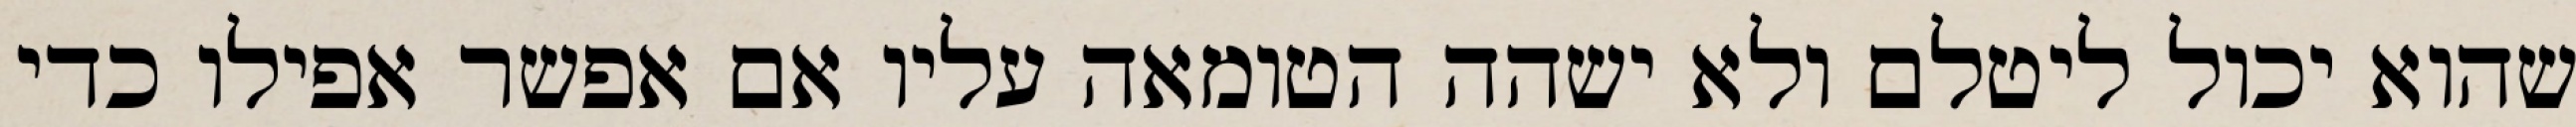
שהוא יכול ליטלם ולא ישהה הטומאה עליו אם אפשר אפילו כדי